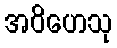
အဝိဟေသု